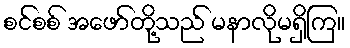
စင်စစ် အဖော်တို့သည် မနာလိုမရှိကြ။